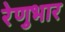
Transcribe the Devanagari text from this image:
रेणुभार